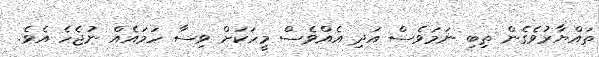
ތައްޔާރުވެގެން ތިބި ނަމަވެސް އަދި އެއްވެސް މީހަކަށް ވިސާ ހަމައެއް ނުޖެހެ އެވެ.